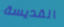
القديسة